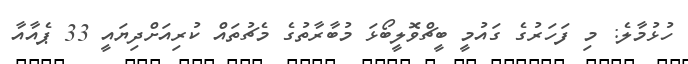
ހުޅުމާލެ: މި ފަހަރުގެ ގައުމީ ބީޗްވޮލީބޯޅަ މުބާރާތުގެ މެޗުތައް ކުރިއަށްދިޔައީ 33 ޕެއާއާ